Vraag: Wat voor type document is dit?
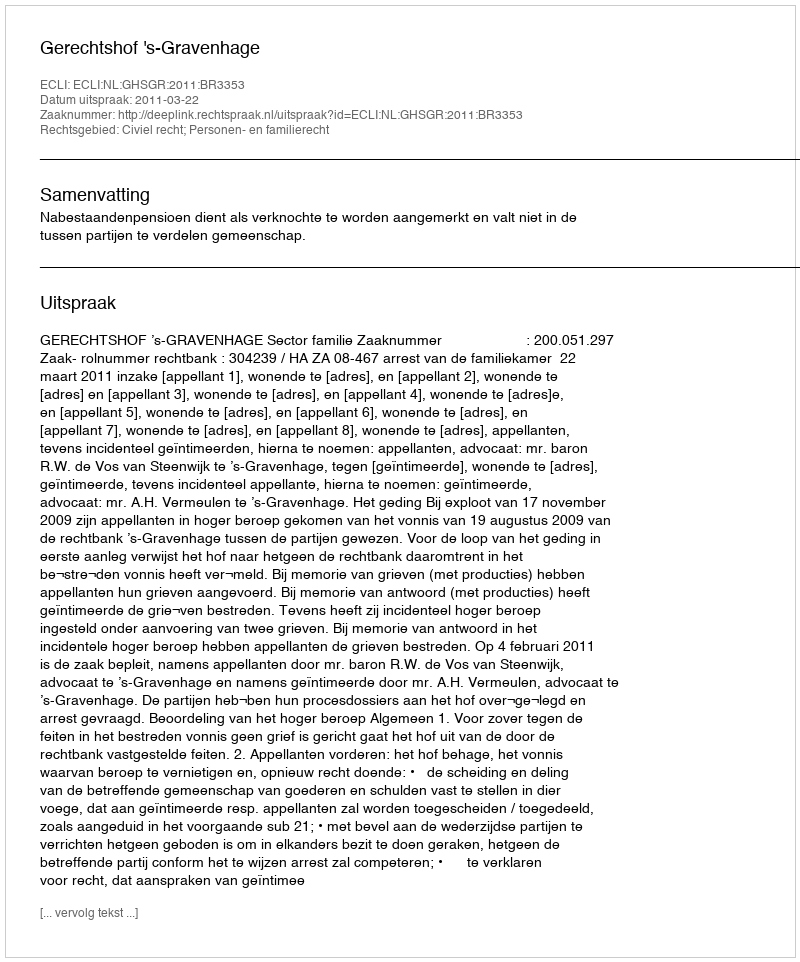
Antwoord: Uitspraak